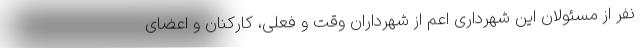
نفر از مسئولان این شهرداری اعم از شهرداران وقت و فعلی، کارکنان و اعضای